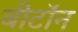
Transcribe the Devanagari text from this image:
बीटॉन